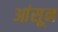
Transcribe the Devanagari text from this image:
आंसून